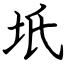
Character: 坁